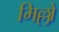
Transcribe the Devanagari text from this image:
मिल्लो